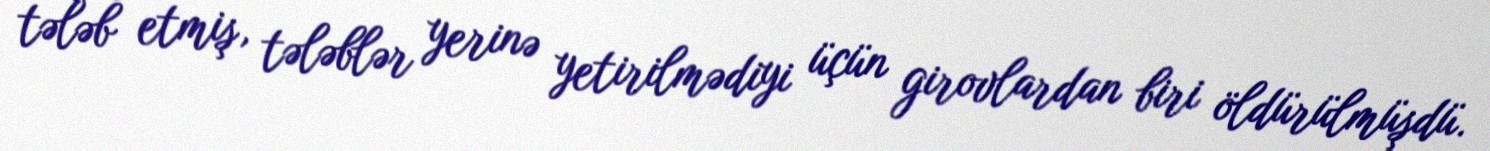
tələb etmiş, tələblər yerinə yetirilmədiyi üçün girovlardan biri öldürülmüşdü.